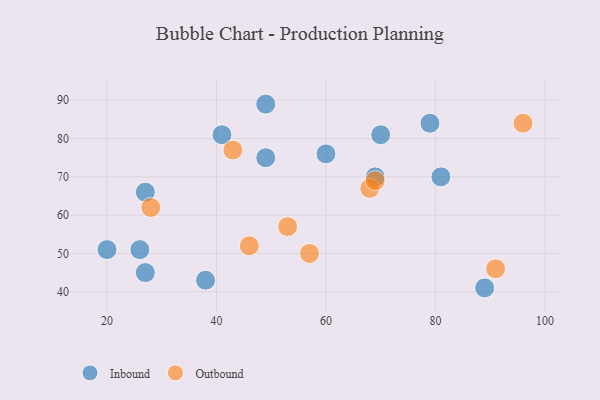
{"axis": {"x": "GDP", "y": "Life Expectancy"}, "legend": ["Inbound", "Outbound"], "data": [{"x": "60", "y": 76, "type": "Inbound"}, {"x": "89", "y": 41, "type": "Inbound"}, {"x": "49", "y": 75, "type": "Inbound"}, {"x": "27", "y": 66, "type": "Inbound"}, {"x": "38", "y": 43, "type": "Inbound"}, {"x": "49", "y": 89, "type": "Inbound"}, {"x": "69", "y": 70, "type": "Inbound"}, {"x": "41", "y": 81, "type": "Inbound"}, {"x": "27", "y": 45, "type": "Inbound"}, {"x": "20", "y": 51, "type": "Inbound"}, {"x": "26", "y": 51, "type": "Inbound"}, {"x": "70", "y": 81, "type": "Inbound"}, {"x": "79", "y": 84, "type": "Inbound"}, {"x": "81", "y": 70, "type": "Inbound"}, {"x": "96", "y": 84, "type": "Outbound"}, {"x": "46", "y": 52, "type": "Outbound"}, {"x": "68", "y": 67, "type": "Outbound"}, {"x": "43", "y": 77, "type": "Outbound"}, {"x": "91", "y": 46, "type": "Outbound"}, {"x": "69", "y": 69, "type": "Outbound"}, {"x": "57", "y": 50, "type": "Outbound"}, {"x": "53", "y": 57, "type": "Outbound"}, {"x": "28", "y": 62, "type": "Outbound"}]}